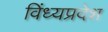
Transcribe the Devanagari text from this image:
विंध्यप्रदेश